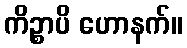
ကိဉ္စာပိ ဟောနက်။